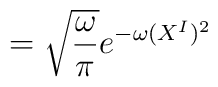
=\sqrt{\frac{\omega}{\pi}}e^{-\omega (X^{I})^{2}}